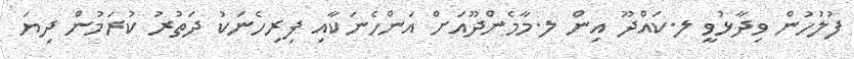
ފުލުހުން ވިދާޅުވީ ލ.ކައްދޫ އިން ލ.މާމެންދޫއަށް އަންހެނަކާއި ފިރިހެނަކު ދަތުރު ކުރަމުން ދިޔަ